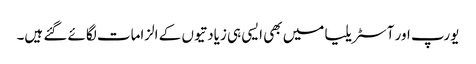
یورپ اور آسٹریلیا میں بھی ایسی ہی زیادتیوں کے الزامات لگائے گئے ہیں۔